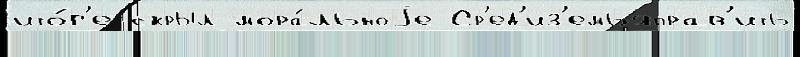
ито́г'е скрыл мора́льноjе Ср'ед'из'емьяправ'ить